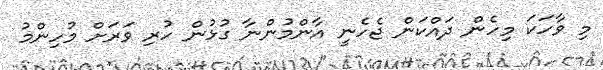
މި ވާހަކަ މިހެން ދައްކަން ޖެހެނީ އާންމުންނާ ގުޅުން ހުރި ވަރަށް މުހިންމު